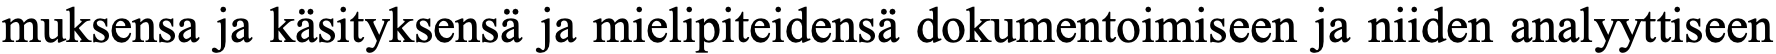
muksensa ja käsityksensä ja mielipiteidensä dokumentoimiseen ja niiden analyyttiseen